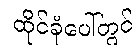
ထိုင်ခုံပေါ်တွင်